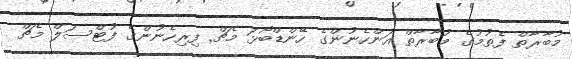
މުބާރާތް ފެތުމުގެ މުބާރާތް އަންހެނުންގެ ހޭންޑްބޯޅަ މެޗް